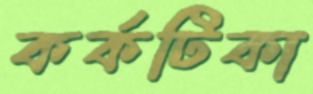
কর্কটিকা